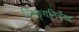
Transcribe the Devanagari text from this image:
लिङ्गनिर्देश